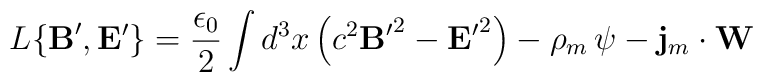
L \{ {{\bf B}^{\prime}}, {{\bf E}^{\prime}} \}  =  \frac{\epsilon_{0}}{2} \int d^{3}x          \left( c^{2} {{\bf B}^{\prime}}^{2} - {{\bf E}^{\prime}}^{2} \right)  -          \rho_{m} \, \psi  -  {\bf j}_{m} \cdot {\bf W}